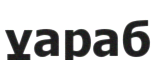
ұараб